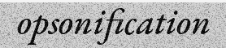
opsonification